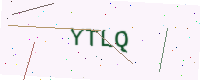
Text: YTLQ